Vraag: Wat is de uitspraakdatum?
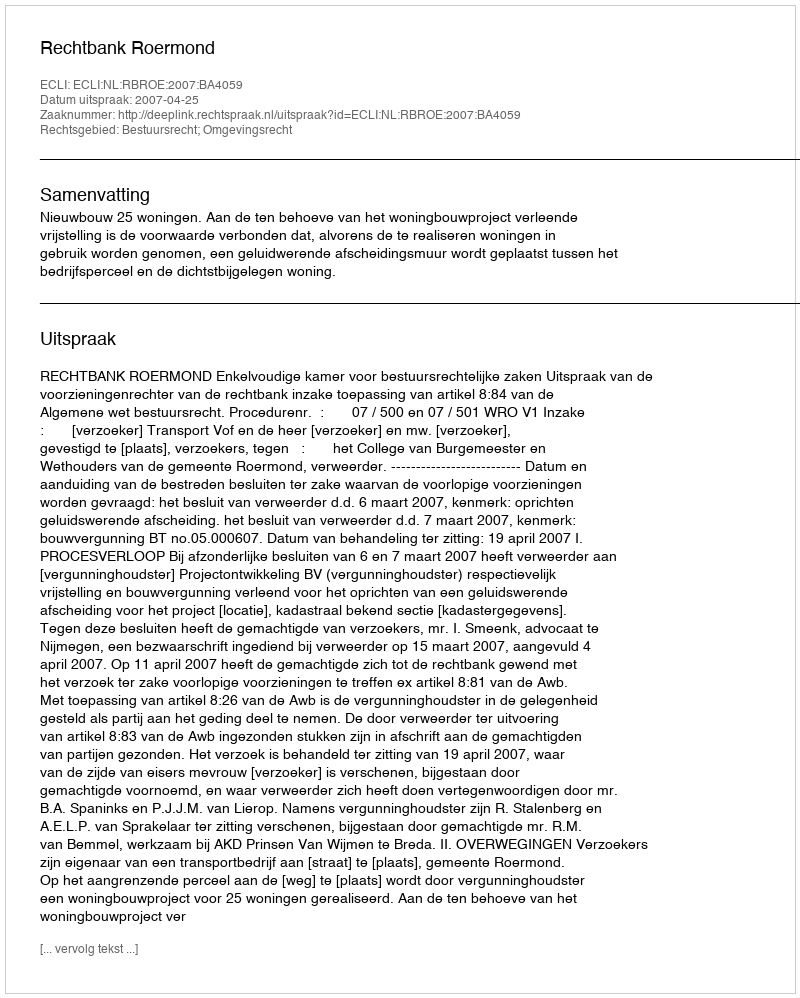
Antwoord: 2007-04-25